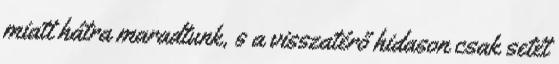
miatt hátra maradtunk, s a visszatérő hidason csak setét